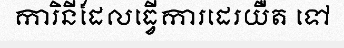
ការិនីដែលធ្វើការដេរយឺត ទៅ